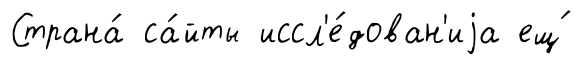
Страна́ са́йты иссл'е́дован'иjа ещ́